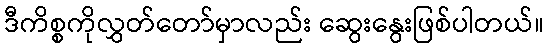
ဒီကိစ္စကိုလွှတ်တော်မှာလည်း ဆွေးနွေးဖြစ်ပါတယ်။